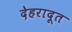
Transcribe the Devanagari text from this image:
देहरादूत